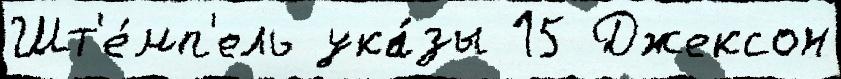
Шт'е́мп'ель ука́зы 15 Джексон